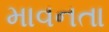
માવનતા